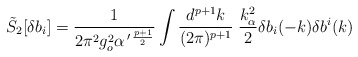
\begin{align*}\tilde{S}_2[\delta b_i]=\frac{1}{2\pi^2g_o^2\alpha^{\,\prime\,\frac{p+1}{2}}}\int\frac{d^{p+1}k}{(2\pi)^{p+1}}\;\frac{k_{\alpha}^2}{2}\delta b_i(-k)\delta b^i(k)\end{align*}